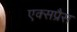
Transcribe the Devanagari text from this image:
एक्‍सप्रैस